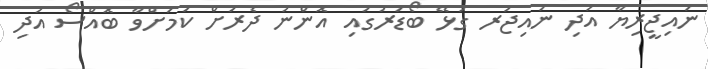
ނައިޖީރިޔާ އަދި ނައިޖަރ ގުޅޭ ބޯޑަރުގައި އޮންނަ ދެރަށް ކަމަށްވާ ބޮއްސޯ އަދި